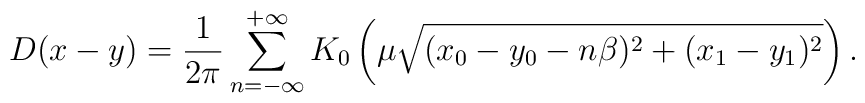
D(x-y) = \frac{1}{2\pi}\sum^{+\infty}_{n=-\infty}K_0\left(\mu\sqrt{(x_0 - y_0 -n\beta)^2 + (x_1 - y_1)^2}\right).